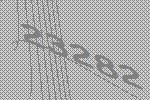
23282